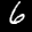
Label: 6